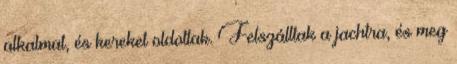
alkalmat, és kereket oldottak. Felszálltak a jachtra, és meg